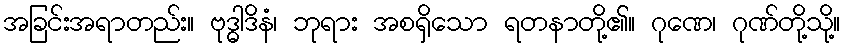
အခြင်းအရာတည်း။ ဗုဒ္ဓါဒိနံ၊ ဘုရား အစရှိသော ရတနာတို့၏။ ဂုဏေ၊ ဂုဏ်တို့သို့။